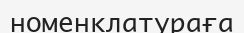
номенклатураға